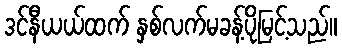
ဒင်နီယယ်ထက် နှစ်လက်မခန့်ပိုမြင့်သည်။